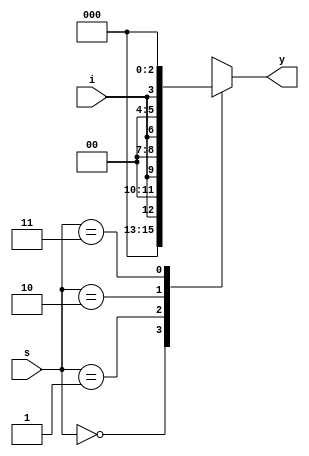
module one_four(
		input  i,
		input  [1:0]s,
		output reg [3:0]y
		// output [3:0]y	
					);

wire s1_not;
wire s0_not;

/*
// Gate Level Modelling 
not(s1_not, s[1]);
not(s0_not, s[0]);

and(y[0], s1_not, s0_not, i);
and(y[1], s1_not, s[0], i);
and(y[2], s[1], s0_not, i);
and(y[3], s[1], s[0], i);
*/

// Conditional Operator 	
//assign y = s[1]?	( s[0]?( {i, 3'b000} ):({1'b0, i, 2'b00}) ) : ( s[0]?({2'b00,i,1'b0}):({3'b000,i}) ) ;

// Behavioral Modelling

always @(s)
	begin
	case(s)
		2'b00: y = {3'b000, i};	
		2'b01: y = {2'b00, i, 1'b0};	
		2'b10: y = {1'b0, i, 2'b00};	
		2'b11: y = {i, 3'b000};	
	endcase 
	end

endmodule